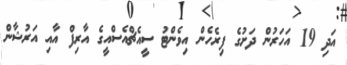
އަދި 19 އަހަރުން ދަށުގެ ފިރެހެން އިވެންޓު ސީއެޗްއެސްއީގެ އާރިފް އާއި އަރުޝާން